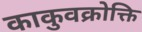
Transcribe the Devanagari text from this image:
काकुवक्रोक्ति